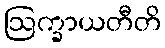
ဩက္ခာယတီတိ